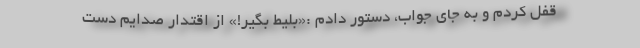
قفل کردم و به جای جواب، دستور دادم :«بلیط بگیر!» از اقتدار صدایم دست